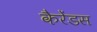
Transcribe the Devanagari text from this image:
कैरेंडस